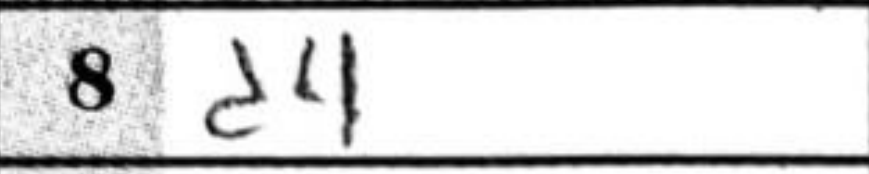
Transcription: d4